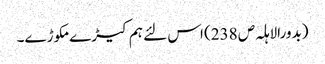
(بدورالاہلہ ص 238) اس لئے ہم کیڑے مکوڑے۔